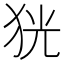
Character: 㹰